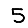
Digit: 5